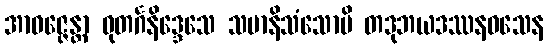
အာဝဇ္ဇေန္တာ ဓုတင်္ဂနိဒ္ဒေသေ သမာနိသံသောပိ တဒုဘယဒဿနဝသေန